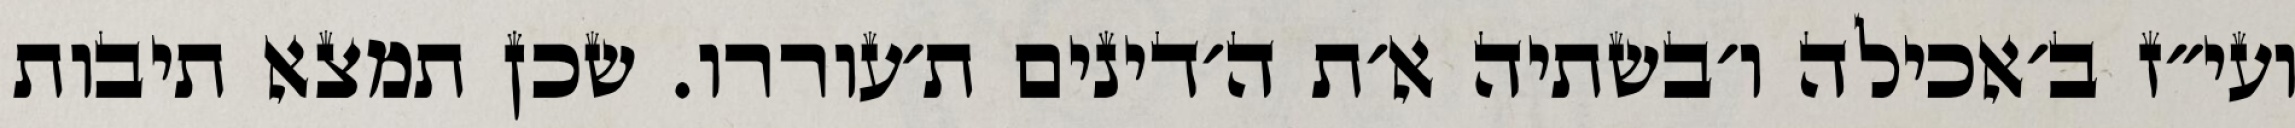
ועי״ז ב׳אכילה ו׳בשתיה א׳ת ה׳דינים ת׳עוררו. שכן תמצא תיבות